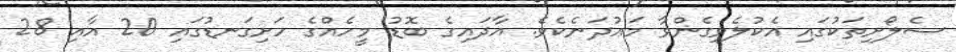
ސެލޯށިތަކުގައި އެކުލެވިގެންވާ މަޢުދަނެކެވެ. އާދައިގެ ބޮޑު މީހެއްގެ ހަށިގަނޑުގައި 20 އާއި 28